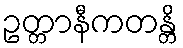
ဥတ္တာနီကတန္တိ